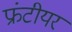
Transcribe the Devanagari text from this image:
फ्रंटीयर